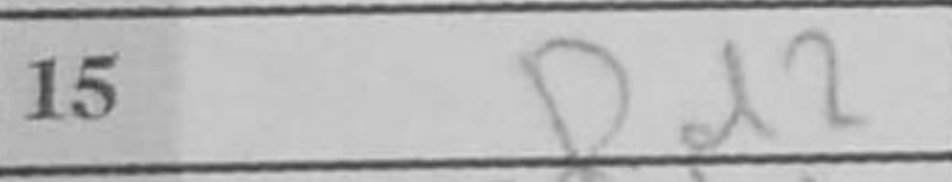
Transcription: Rd2